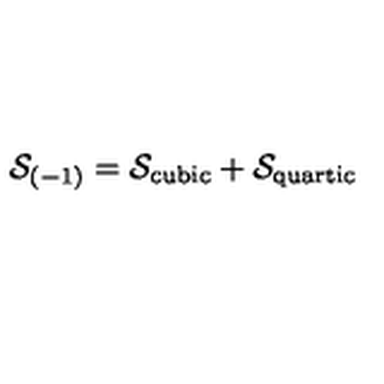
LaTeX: { \cal S } _ { ( - 1 ) } = { \cal S } _ { \mathrm { c u b i c } } + { \cal S } _ { \mathrm { q u a r t i c } }